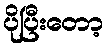
ပိုပြီးတော့